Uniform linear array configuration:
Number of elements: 64
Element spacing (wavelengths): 0.5
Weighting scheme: kaiser
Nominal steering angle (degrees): -60
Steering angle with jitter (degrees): -59.319
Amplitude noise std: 0.05
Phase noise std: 0.05

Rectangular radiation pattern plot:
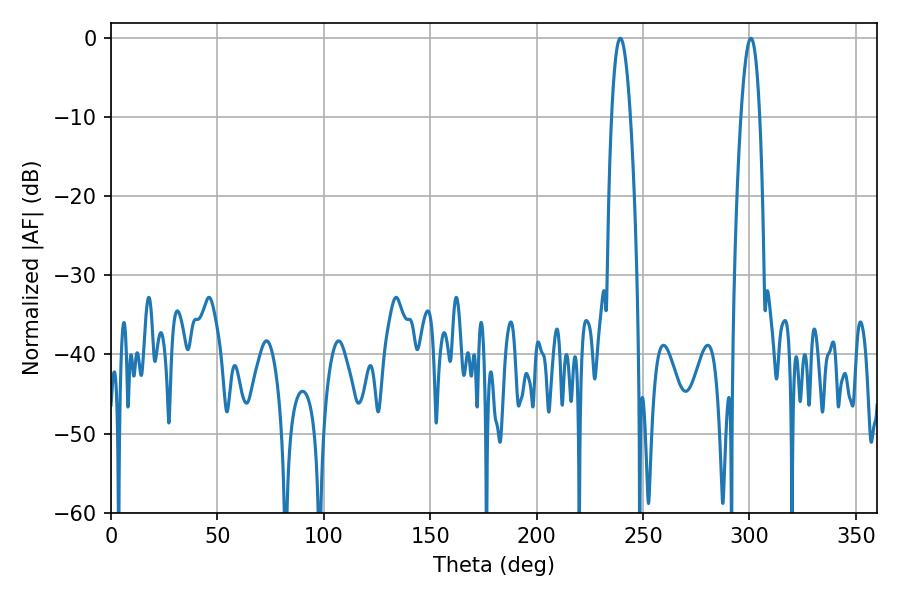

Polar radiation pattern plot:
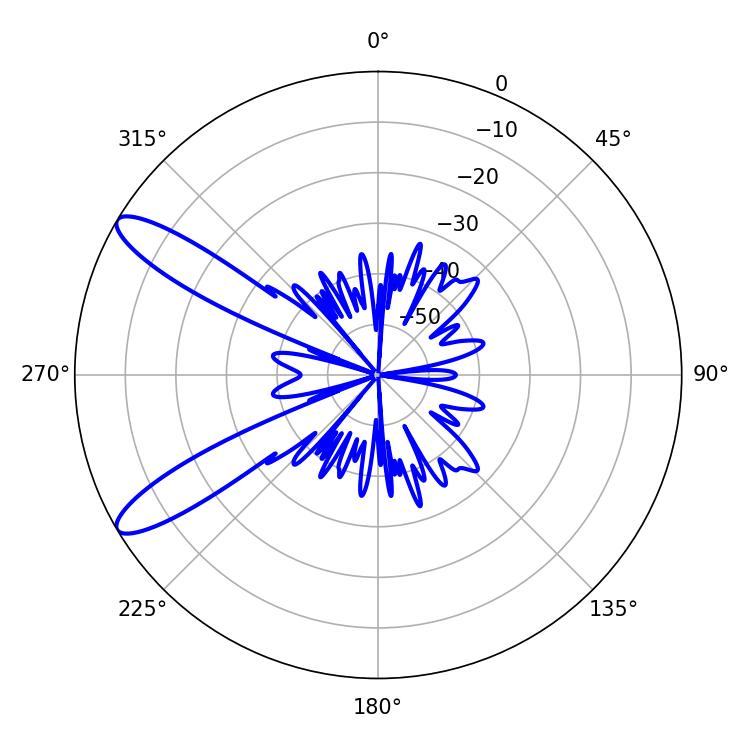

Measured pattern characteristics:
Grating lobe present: FALSE
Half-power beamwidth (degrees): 4.86
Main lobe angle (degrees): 300.6